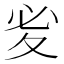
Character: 𭐡